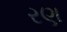
રણ